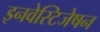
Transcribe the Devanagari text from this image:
इनवेस्टिजेषन